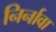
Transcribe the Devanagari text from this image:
निर्नावा